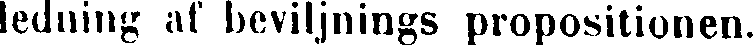
ledning af beviljnings propositionen.